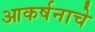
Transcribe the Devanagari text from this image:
आकर्षनाचे